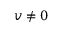
v \neq 0